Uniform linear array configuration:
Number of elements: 4
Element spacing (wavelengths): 0.25
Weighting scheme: hann
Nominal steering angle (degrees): -15
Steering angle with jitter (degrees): -14.627
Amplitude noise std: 0.05
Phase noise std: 0.05

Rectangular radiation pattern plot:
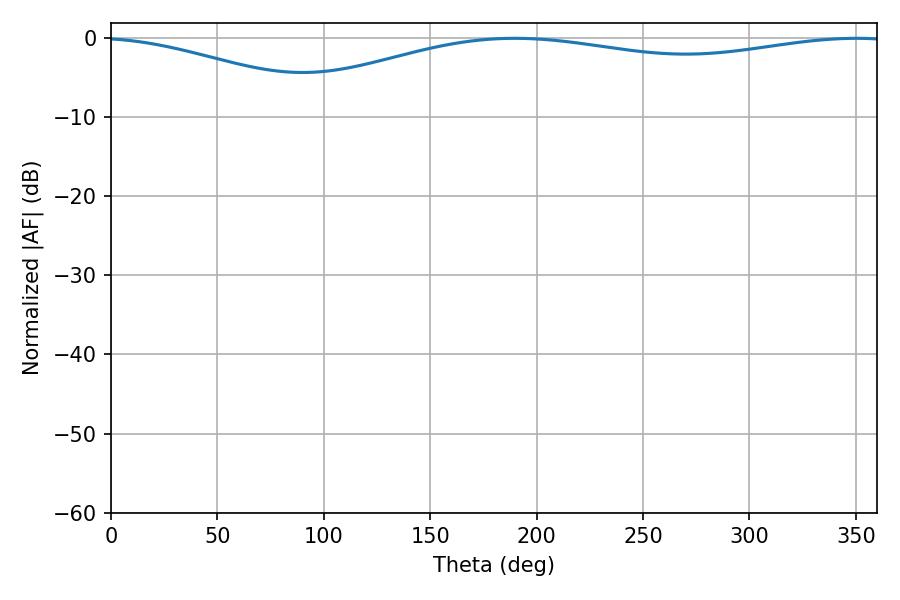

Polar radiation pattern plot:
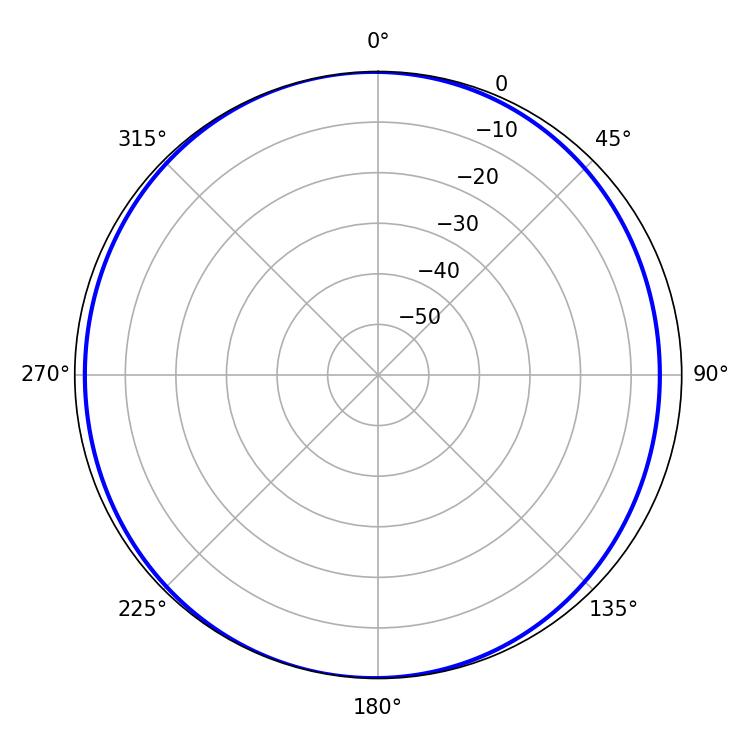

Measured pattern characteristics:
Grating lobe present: FALSE
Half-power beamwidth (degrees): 236.16
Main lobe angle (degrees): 189.72